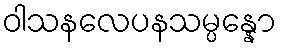
ဝါသနလေပနသမ္ပန္နော